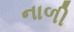
નાળી